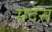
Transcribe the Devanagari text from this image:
मंदेंस